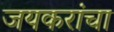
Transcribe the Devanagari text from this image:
जयकरांचा